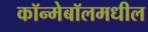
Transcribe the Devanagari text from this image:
कॉन्मेबॉलमधील